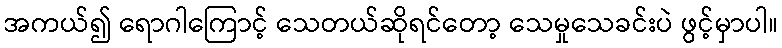
အကယ်၍ ရောဂါကြောင့် သေတယ်ဆိုရင်တော့ သေမှုသေခင်းပဲ ဖွင့်မှာပါ။